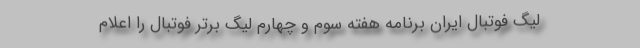
لیگ فوتبال ایران برنامه هفته سوم و چهارم لیگ برتر فوتبال را اعلام